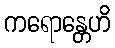
ကရောန္တေဟိ